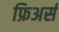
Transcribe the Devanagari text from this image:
फ्रिअर्स